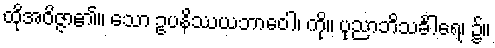
ထိုအဝိဇ္ဇာ၏။ သော ဥပနိဿယဘာဝေါ၊ ကို။ ပုညာဘိသင်္ခါရေ၊ ၌။